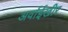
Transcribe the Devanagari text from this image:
अर्वाईखीर